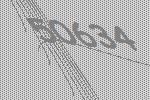
50634